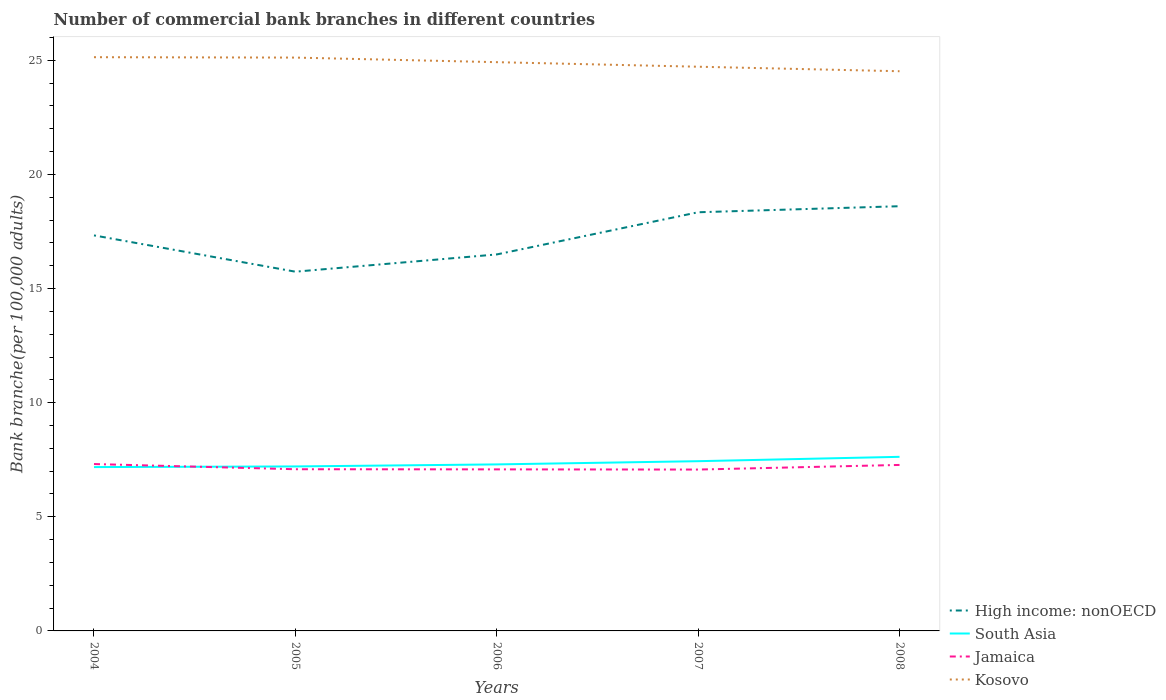
| Years | High income: nonOECD | South Asia | Jamaica | Kosovo |
 | --- | --- | --- | --- | --- |
 | 2004 | 17.3 | 7.18 | 7.31 | 25.1 |
 | 2005 | 15.7 | 7.21 | 7.08 | 25.1 |
 | 2006 | 16.5 | 7.3 | 7.08 | 24.9 |
 | 2007 | 18.3 | 7.44 | 7.07 | 24.7 |
 | 2008 | 18.6 | 7.63 | 7.27 | 24.5 |